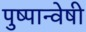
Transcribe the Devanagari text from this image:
पुष्पान्वेषी